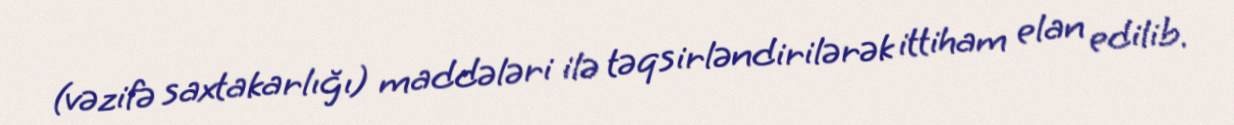
(vəzifə saxtakarlığı) maddələri ilə təqsirləndirilərək ittiham elan edilib.